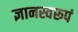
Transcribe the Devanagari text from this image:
ज्ञानस्वरूपं